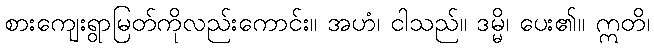
စားကျေးရွာမြတ်ကိုလည်းကောင်း။ အဟံ၊ ငါသည်။ ဒမ္မိ၊ ပေး၏။ ဣတိ၊